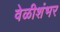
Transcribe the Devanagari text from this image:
वेळीशंभर